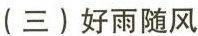
(三)好雨随风